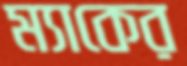
ম্যাকের